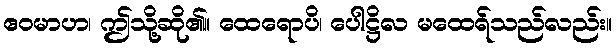
ဧဝမာဟ၊ ဤသို့ဆို၏။ ထေရောပိ၊ ပေါဋ္ဌိလ မထေရ်သည်လည်း။